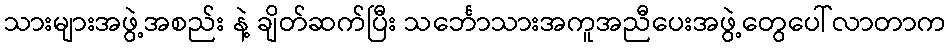
သားများအဖွဲ့အစည်း နဲ့ ချိတ်ဆက်ပြီး သင်္ဘောသားအကူအညီပေးအဖွဲ့တွေပေါ်လာတာက